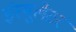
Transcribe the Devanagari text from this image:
इंस्यूलेटर